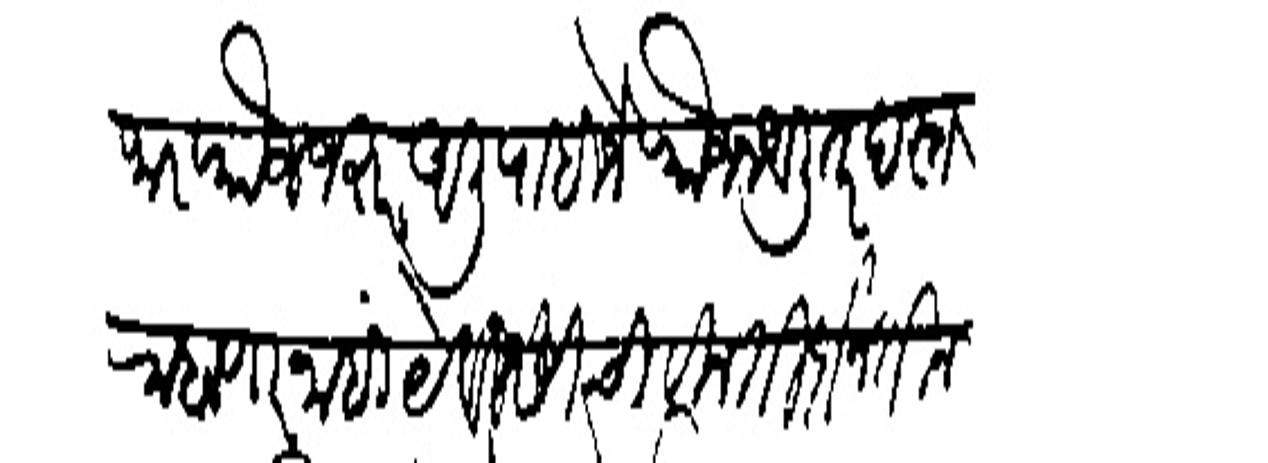
Transliteration (Devanagari): हजार फौज जहर अली पाहिजे फौज न आली तर दस्त राहाणार नाहीं येविसीची विनंती दोन तीन